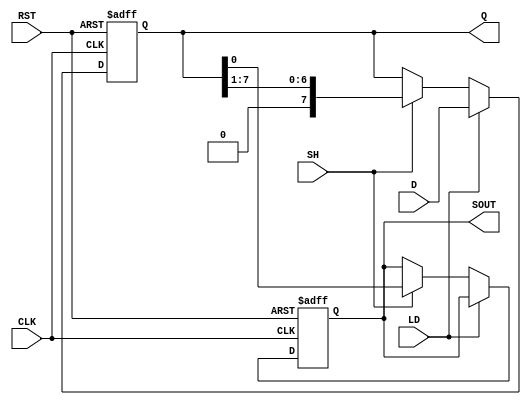
module PISO_ShiftRegister
#(
    parameter SIZE = 8   // Define the size of the shift register
)
(
    input wire [SIZE-1:0] D,  // Parallel Data Inputs
    input wire LD,             // Load signal
    input wire SH,             // Shift signal
    input wire CLK,            // Clock signal
    input wire RST,            // Reset signal
    output reg SOUT,           // Serial Output
    output reg [SIZE-1:0] Q    // Shift Register contents
);

// Sequential logic for loading and shifting
always @(posedge CLK or posedge RST) begin
    if (RST) begin
        Q <= {SIZE{1'b0}}; // Clear the register on reset
        SOUT <= 1'b0;      // Clear serial output on reset
    end else begin
        if (LD) begin
            Q <= D;        // Load parallel data
        end else if (SH) begin
            SOUT <= Q[0];   // Shift out the first bit
            Q <= {1'b0, Q[SIZE-1:1]}; // Shift to the right, filling with 0
        end
    end
end

endmodule